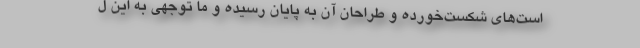
است‌های شکست‌خورده و طراحان آن به پایان رسیده و ما توجهی به این ل